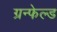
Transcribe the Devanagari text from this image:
ग्रन्फेल्ड